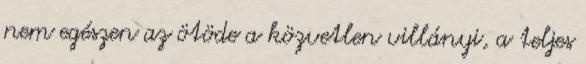
nem egészen az ötöde a közvetlen villányi, a teljes